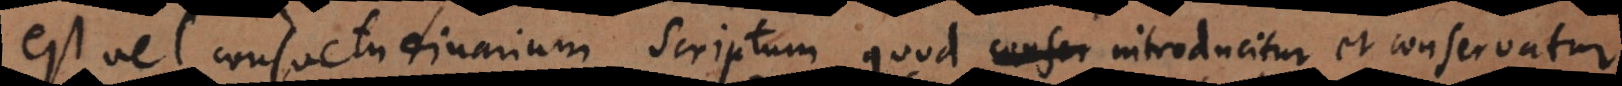
est vel consuetudinarium, scriptum quod introducitur et conservatur